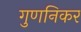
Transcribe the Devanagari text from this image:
गुणनिकर